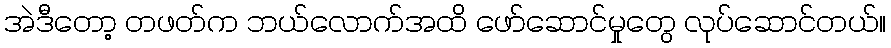
အဲဒီတော့ တဖတ်က ဘယ်လောက်အထိ ဖော်ဆောင်မှုတွေ လုပ်ဆောင်တယ်။